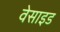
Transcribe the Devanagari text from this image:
वेसाइड